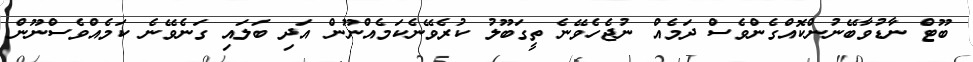
ބޫޓް ނާޑުވާބޭނުންކޮއްގެންވެސް ދަމެއް ނުޖެހެވޭނެ ތީގަބޫލު ކުރެވޭނެކަމެއްނޫން އަދި ބަލައި ގަނެވޭނެ ކަމެއްވެސްނޫން